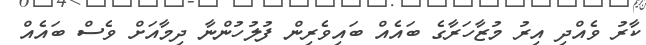
ކާރު ވެއްދި އިރު މުޒާހަރާގެ ބައެއް ބައިވެރިން ފުލުހުންނާ ދިމާއަށް ވެސް ބައެއް